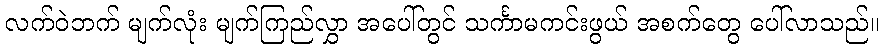
လက်ဝဲဘက် မျက်လုံး မျက်ကြည်လွှာ အပေါ်တွင် သင်္ကာမကင်းဖွယ် အစက်တွေ ပေါ်လာသည်။